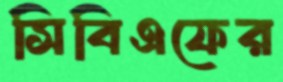
সিবিএফের